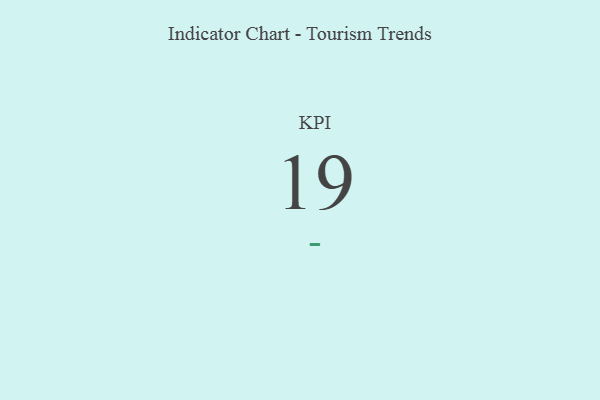
{"axis": {"x": "KPI", "y": "Value"}, "legend": [""], "data": [{"x": "KPI", "y": 19, "type": ""}]}